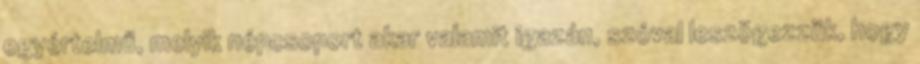
egyértelmű, melyik népcsoport akar valamit igazán, szóval leszögezzük, hogy